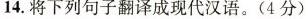
14.将下列句子翻译成现代汉语。(4分)